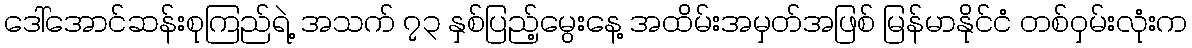
ဒေါ်အောင်ဆန်းစုကြည်ရဲ့ အသက် ၇၃ နှစ်ပြည့်မွေးနေ့ အထိမ်းအမှတ်အဖြစ် မြန်မာနိုင်ငံ တစ်ဝှမ်းလုံးက